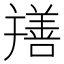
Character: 𦏎